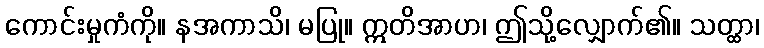
ကောင်းမှုကံကို။ နအကာသိ၊ မပြု။ ဣတိအာဟ၊ ဤသို့လျှောက်၏။ သတ္ထာ၊